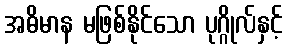
အဓိမာန မဖြစ်နိုင်သော ပုဂ္ဂိုလ်နှင့်